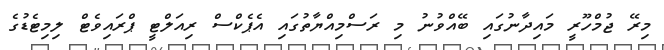
މިރޭ ޖުމްހޫރީ މައިދާނުގައި ބޭއްވުނު މި ރަސްމިއްޔާތުގައި އެޕެކްސް ރިއަލްޓީ ޕްރައިވެޓް ލިމިޓެޑުގެ